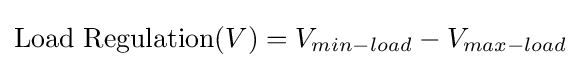
{\text{Load Regulation}}(V)=V_{min-load}-V_{max-load}